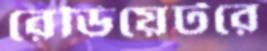
রেডিয়েটরে